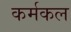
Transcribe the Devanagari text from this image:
कर्मकल